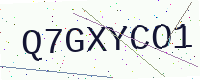
Text: Q7GXYCO1